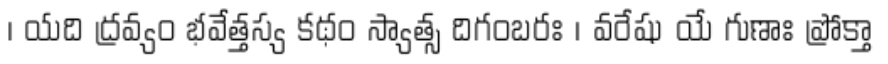
। యది ద్రవ్యం భవేత్తస్య కథం స్యాత్స దిగంబరః । వరేషు యే గుణాః ప్రోక్తా